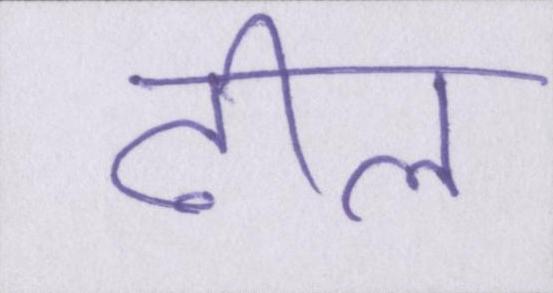
ढील